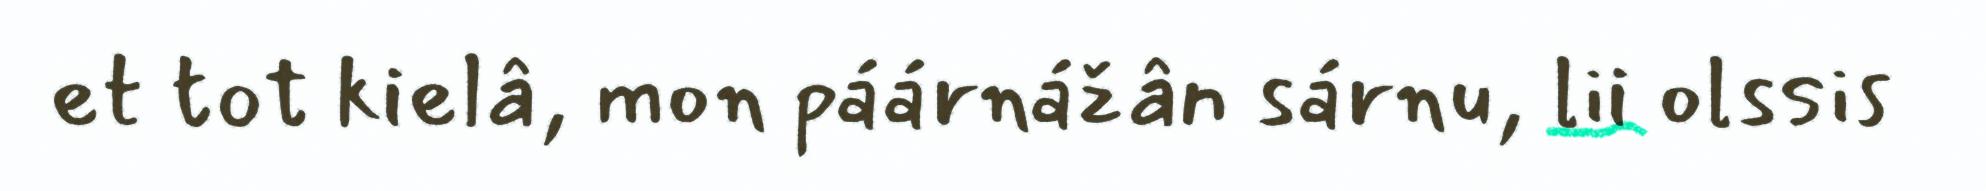
et tot kielâ, mon páárnážân sárnu, lii olssis